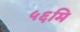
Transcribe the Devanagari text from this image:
५६मि